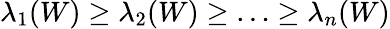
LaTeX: \lambda_{1}(W)\ge\lambda_{2}(W)\ge\ldots\ge\lambda_{n}(W)